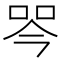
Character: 𭇾